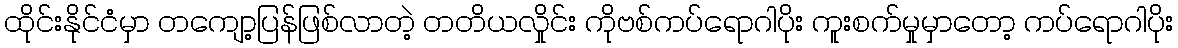
ထိုင်းနိုင်ငံမှာ တကျော့ပြန်ဖြစ်လာတဲ့ တတိယလှိုင်း ကိုဗစ်ကပ်ရောဂါပိုး ကူးစက်မှုမှာတော့ ကပ်ရောဂါပိုး